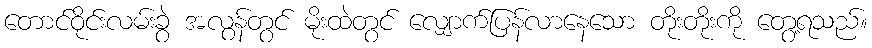
တောင်ဝိုင်းလမ်းခွဲ အလွန်တွင် မိုးထဲတွင် လျှောက်ပြန်လာနေသော တိုးတိုးကို တွေ့ရသည်။